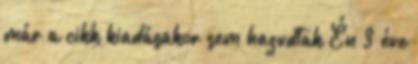
már a cikk kiadásakor sem hazudtak Én 3 éve